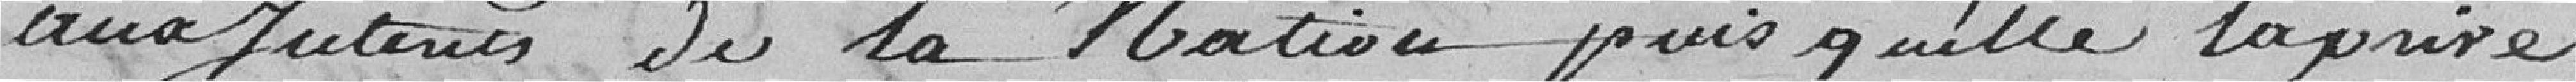
aux jutents de la Nation puisqu'elle la prise